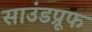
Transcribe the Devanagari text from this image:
साउंडप्रूफ